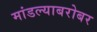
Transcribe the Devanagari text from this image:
मांडल्याबरोबर